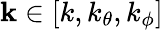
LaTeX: \mathbf{k}\in[k,k_{\theta},k_{\phi}]